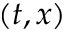
( t , x )